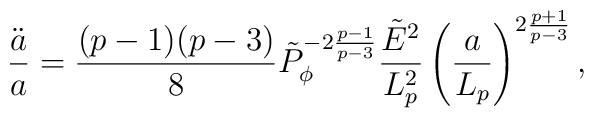
{\ddot{a}\over a}={{(p-1)(p-3)}\over 8}\tilde{P}^{-2{{p-1}\over{p-3}}}_{\phi}{\tilde{E}^2\over L^2_p}\left({a\over L_p}\right)^{2{{p+1}\over{p-3}}},